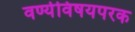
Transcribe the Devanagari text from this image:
वर्ण्यविषयपरक